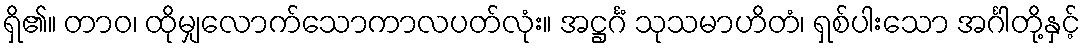
ရှိ၏။ တာဝ၊ ထိုမျှလောက်သောကာလပတ်လုံး။ အဋ္ဌင်္ဂံ သုသမာဟိတံ၊ ရှစ်ပါးသော အင်္ဂါတို့နှင့်